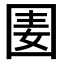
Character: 𡇦